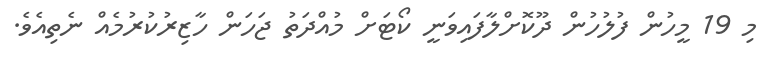
މި 19 މީހުން ފުލުހުން ދޫކޮށްލާފައިވަނީ ކޯޓަށް މުއްދަތު ޖަހަން ހާޒިރުކުރުމެއް ނެތިއެވެ.